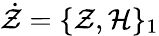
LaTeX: \dot{\mathcal Z}=\{ \mathcal{Z},\mathcal{H}\} _{1}